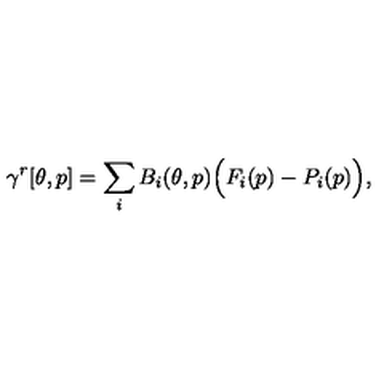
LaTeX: \gamma ^ { r } [ \theta , p ] = \sum _ { i } B _ { i } ( \theta , p ) \Big ( F _ { i } ( p ) - P _ { i } ( p ) \Big ) ,